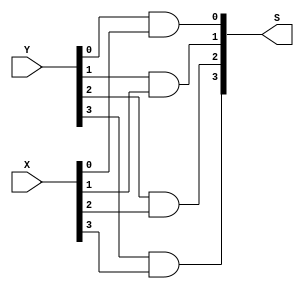

// Generated by Cadence Genus(TM) Synthesis Solution GENUS15.20 - 15.20-p004_1
// Generated on: May 27 2024 03:11:01

// Verification Directory fv/synth_wrapper 

module and4bit(X, Y, S);
  input [3:0] X, Y;
  output [3:0] S;
  wire [3:0] X, Y;
  wire [3:0] S;
  and g1 (S[0], Y[0], X[0]);
  and g2 (S[1], Y[1], X[1]);
  and g3 (S[2], Y[2], X[2]);
  and g4 (S[3], Y[3], X[3]);
endmodule

module an4(X0, X1, X2, X3, Y);
  input X0, X1, X2, X3;
  output Y;
  wire X0, X1, X2, X3;
  wire Y;
  and g4 (Y, X0, X1, X2, X3);
endmodule

module orr8(X0, X1, X2, X3, X4, X5, X6, X7, Y);
  input X0, X1, X2, X3, X4, X5, X6, X7;
  output Y;
  wire X0, X1, X2, X3, X4, X5, X6, X7;
  wire Y;
  wire n_10, n_11, n_12, n_13;
  or g10 (n_12, X4, X5);
  or g11 (n_13, X6, X7);
  or g12 (Y, n_10, n_11, n_12, n_13);
  or g8 (n_10, X0, X1);
  or g9 (n_11, X2, X3);
endmodule

module mux8by1(D0, D1, D2, D3, D4, D5, D6, D7, s0, s1, s2, Y);
  input D0, D1, D2, D3, D4, D5, D6, D7, s0, s1, s2;
  output Y;
  wire D0, D1, D2, D3, D4, D5, D6, D7, s0, s1, s2;
  wire Y;
  wire not_s0, not_s1, not_s2, w0, w1, w2, w3, w4;
  wire w5, w6, w7;
  an4 a0(D0, not_s2, not_s1, not_s0, w0);
  an4 a1(D1, not_s2, not_s1, s0, w1);
  an4 a2(D2, not_s2, s1, not_s0, w2);
  an4 a3(D3, not_s2, s1, s0, w3);
  an4 a4(D4, s2, not_s1, not_s0, w4);
  an4 a5(D5, s2, not_s1, s0, w5);
  an4 a6(D6, s2, s1, not_s0, w6);
  an4 a7(D7, s2, s1, s0, w7);
  orr8 or0(w0, w1, w2, w3, w4, w5, w6, w7, Y);
  not g1 (not_s0, s0);
  not g2 (not_s1, s1);
  not g3 (not_s2, s2);
endmodule

module not4bit(X, S);
  input [3:0] X;
  output [3:0] S;
  wire [3:0] X;
  wire [3:0] S;
  not g1 (S[0], X[0]);
  not g2 (S[1], X[1]);
  not g3 (S[2], X[2]);
  not g4 (S[3], X[3]);
endmodule

module or4bit(X, Y, S);
  input [3:0] X, Y;
  output [3:0] S;
  wire [3:0] X, Y;
  wire [3:0] S;
  or g1 (S[0], Y[0], X[0]);
  or g2 (S[1], Y[1], X[1]);
  or g3 (S[2], Y[2], X[2]);
  or g4 (S[3], Y[3], X[3]);
endmodule

module mux2by1(D0, D1, S, Y);
  input D0, D1, S;
  output Y;
  wire D0, D1, S;
  wire Y;
  wire w1, w2, w3;
  not g1 (w1, S);
  and g2 (w2, D0, w1);
  and g3 (w3, D1, S);
  or g4 (Y, w2, w3);
endmodule

module mux2by1_4bit(in0, in1, sel, out);
  input [3:0] in0, in1;
  input sel;
  output [3:0] out;
  wire [3:0] in0, in1;
  wire sel;
  wire [3:0] out;
  mux2by1 mux0(in0[0], in1[0], sel, out[0]);
  mux2by1 mux1(in0[1], in1[1], sel, out[1]);
  mux2by1 mux2(in0[2], in1[2], sel, out[2]);
  mux2by1 mux3(in0[3], in1[3], sel, out[3]);
endmodule

module shift_left(a, b, s);
  input [3:0] a, b;
  output [3:0] s;
  wire [3:0] a, b;
  wire [3:0] s;
  wire [3:0] s1;
  wire [3:0] s2;
  wire [3:0] s3;
  mux2by1_4bit mux1(a, {a[2:0], 1'b0}, b[0], s1);
  mux2by1_4bit mux2(s1, {s1[1:0], 2'b00}, b[1], s2);
  mux2by1_4bit mux4(s2, 4'b0000, b[2], s3);
  mux2by1_4bit mux8(s3, 4'b0000, b[3], s);
endmodule

module shift_right(a, b, s);
  input [3:0] a, b;
  output [3:0] s;
  wire [3:0] a, b;
  wire [3:0] s;
  wire [3:0] s1;
  wire [3:0] s2;
  wire [3:0] s3;
  mux2by1_4bit mux1(a, {1'b0, a[3:1]}, b[0], s1);
  mux2by1_4bit mux2(s1, {2'b00, s1[3:2]}, b[1], s2);
  mux2by1_4bit mux4(s2, 4'b0000, b[2], s3);
  mux2by1_4bit mux8(s3, 4'b0000, b[3], s);
endmodule

module fulladder(X, Y, Ci, S, Co);
  input X, Y, Ci;
  output S, Co;
  wire X, Y, Ci;
  wire S, Co;
  wire w1, w2, w3;
  xor G1 (w1, X, Y);
  xor G2 (S, w1, Ci);
  and G3 (w2, w1, Ci);
  and G4 (w3, X, Y);
  or G5 (Co, w2, w3);
endmodule

module ripple_adder(X, Y, S, Co, Cin);
  input [3:0] X, Y;
  input Cin;
  output [3:0] S;
  output Co;
  wire [3:0] X, Y;
  wire Cin;
  wire [3:0] S;
  wire Co;
  wire w1, w2, w3;
  fulladder u1(X[0], Y[0], Cin, S[0], w1);
  fulladder u2(X[1], Y[1], w1, S[1], w2);
  fulladder u3(X[2], Y[2], w2, S[2], w3);
  fulladder u4(X[3], Y[3], w3, S[3], Co);
endmodule

module xor4bit(X, Y, S);
  input [3:0] X, Y;
  output [3:0] S;
  wire [3:0] X, Y;
  wire [3:0] S;
  xor g1 (S[0], Y[0], X[0]);
  xor g2 (S[1], Y[1], X[1]);
  xor g3 (S[2], Y[2], X[2]);
  xor g4 (S[3], Y[3], X[3]);
endmodule

module alu(a, b, op, result, carry);
  input [3:0] a, b;
  input [2:0] op;
  output [3:0] result;
  output carry;
  wire [3:0] a, b;
  wire [2:0] op;
  wire [3:0] result;
  wire carry;
  wire [3:0] result_and;
  wire [2:0] not_op;
  wire [3:0] result_add;
  wire [3:0] result_sub;
  wire [3:0] result_or;
  wire [3:0] result_xor;
  wire [3:0] result_not;
  wire [3:0] result_shift_left;
  wire [3:0] result_shift_right;
  wire [3:0] w1;
  wire carry1, carry2, carry_out1, carry_out2, carry_sub;
  and4bit and4bit(a, b, result_and);
  an4 for_carryadd(carry1, not_op[0], not_op[1], not_op[2], carry_out1);
  an4 for_carrysub(carry2, op[0], not_op[1], not_op[2], carry_out2);
  mux8by1 mux_bit0(result_add[0], result_sub[0], result_and[0],
       result_or[0], result_xor[0], result_not[0],
       result_shift_left[0], result_shift_right[0], op[0], op[1],
       op[2], result[0]);
  mux8by1 mux_bit1(result_add[1], result_sub[1], result_and[1],
       result_or[1], result_xor[1], result_not[1],
       result_shift_left[1], result_shift_right[1], op[0], op[1],
       op[2], result[1]);
  mux8by1 mux_bit2(result_add[2], result_sub[2], result_and[2],
       result_or[2], result_xor[2], result_not[2],
       result_shift_left[2], result_shift_right[2], op[0], op[1],
       op[2], result[2]);
  mux8by1 mux_bit3(result_add[3], result_sub[3], result_and[3],
       result_or[3], result_xor[3], result_not[3],
       result_shift_left[3], result_shift_right[3], op[0], op[1],
       op[2], result[3]);
  not4bit not4bit(a, result_not);
  not4bit not4bit0(b, w1);
  or4bit or4bit(a, b, result_or);
  shift_left shift_left(a, b, result_shift_left);
  shift_right shift_right(a, b, result_shift_right);
  ripple_adder u1(a, b, result_add, carry1, 1'b0);
  ripple_adder u2(a, w1, result_sub, carry_sub, 1'b1);
  xor4bit xor4bit(a, b, result_xor);
  not g1 (not_op[0], op[0]);
  not g2 (not_op[1], op[1]);
  not g3 (not_op[2], op[2]);
  not g4 (carry2, carry_sub);
  or g5 (carry, carry_out1, carry_out2);
endmodule

module synth_wrapper(a, b, op, rst_n, clk, result, carry);
  input [3:0] a, b;
  input [2:0] op;
  input rst_n, clk;
  output [3:0] result;
  output carry;
  wire [3:0] a, b;
  wire [2:0] op;
  wire rst_n, clk;
  wire [3:0] result;
  wire carry;
  wire [3:0] a_reg;
  wire [3:0] b_reg;
  wire [2:0] op_reg;
  wire carry_reg_48, n_17, \result_reg[0]_36 , \result_reg[1]_37 ,
       \result_reg[2]_38 , \result_reg[3]_39 ;
  alu u1(.a (a_reg), .b (b_reg), .op (op_reg), .result
       ({\result_reg[3]_39 , \result_reg[2]_38 , \result_reg[1]_37 ,
       \result_reg[0]_36 }), .carry (carry_reg_48));
  CDN_flop \a_reg_reg[0] (.clk (clk), .d (a[0]), .sena (1'b1), .aclr
       (n_17), .apre (1'b0), .srl (1'b0), .srd (1'b0), .q (a_reg[0]));
  CDN_flop \a_reg_reg[1] (.clk (clk), .d (a[1]), .sena (1'b1), .aclr
       (n_17), .apre (1'b0), .srl (1'b0), .srd (1'b0), .q (a_reg[1]));
  CDN_flop \a_reg_reg[2] (.clk (clk), .d (a[2]), .sena (1'b1), .aclr
       (n_17), .apre (1'b0), .srl (1'b0), .srd (1'b0), .q (a_reg[2]));
  CDN_flop \a_reg_reg[3] (.clk (clk), .d (a[3]), .sena (1'b1), .aclr
       (n_17), .apre (1'b0), .srl (1'b0), .srd (1'b0), .q (a_reg[3]));
  CDN_flop \b_reg_reg[0] (.clk (clk), .d (b[0]), .sena (1'b1), .aclr
       (n_17), .apre (1'b0), .srl (1'b0), .srd (1'b0), .q (b_reg[0]));
  CDN_flop \b_reg_reg[1] (.clk (clk), .d (b[1]), .sena (1'b1), .aclr
       (n_17), .apre (1'b0), .srl (1'b0), .srd (1'b0), .q (b_reg[1]));
  CDN_flop \b_reg_reg[2] (.clk (clk), .d (b[2]), .sena (1'b1), .aclr
       (n_17), .apre (1'b0), .srl (1'b0), .srd (1'b0), .q (b_reg[2]));
  CDN_flop \b_reg_reg[3] (.clk (clk), .d (b[3]), .sena (1'b1), .aclr
       (n_17), .apre (1'b0), .srl (1'b0), .srd (1'b0), .q (b_reg[3]));
  CDN_flop carry_reg(.clk (clk), .d (carry_reg_48), .sena (1'b1), .aclr
       (n_17), .apre (1'b0), .srl (1'b0), .srd (1'b0), .q (carry));
  not g1 (n_17, rst_n);
  CDN_flop \op_reg_reg[0] (.clk (clk), .d (op[0]), .sena (1'b1), .aclr
       (n_17), .apre (1'b0), .srl (1'b0), .srd (1'b0), .q (op_reg[0]));
  CDN_flop \op_reg_reg[1] (.clk (clk), .d (op[1]), .sena (1'b1), .aclr
       (n_17), .apre (1'b0), .srl (1'b0), .srd (1'b0), .q (op_reg[1]));
  CDN_flop \op_reg_reg[2] (.clk (clk), .d (op[2]), .sena (1'b1), .aclr
       (n_17), .apre (1'b0), .srl (1'b0), .srd (1'b0), .q (op_reg[2]));
  CDN_flop \result_reg[0] (.clk (clk), .d (\result_reg[0]_36 ), .sena
       (1'b1), .aclr (n_17), .apre (1'b0), .srl (1'b0), .srd (1'b0), .q
       (result[0]));
  CDN_flop \result_reg[1] (.clk (clk), .d (\result_reg[1]_37 ), .sena
       (1'b1), .aclr (n_17), .apre (1'b0), .srl (1'b0), .srd (1'b0), .q
       (result[1]));
  CDN_flop \result_reg[2] (.clk (clk), .d (\result_reg[2]_38 ), .sena
       (1'b1), .aclr (n_17), .apre (1'b0), .srl (1'b0), .srd (1'b0), .q
       (result[2]));
  CDN_flop \result_reg[3] (.clk (clk), .d (\result_reg[3]_39 ), .sena
       (1'b1), .aclr (n_17), .apre (1'b0), .srl (1'b0), .srd (1'b0), .q
       (result[3]));
endmodule

`ifdef RC_CDN_GENERIC_GATE
`else
module CDN_flop(clk, d, sena, aclr, apre, srl, srd, q);
  input clk, d, sena, aclr, apre, srl, srd;
  output q;
  wire clk, d, sena, aclr, apre, srl, srd;
  wire q;
  reg  qi;
  assign #1 q = qi;
  always 
    @(posedge clk or posedge apre or posedge aclr) 
      if (aclr) 
        qi <= 0;
      else if (apre) 
          qi <= 1;
        else if (srl) 
            qi <= srd;
          else begin
            if (sena) 
              qi <= d;
          end
  initial 
    qi <= 1'b0;
endmodule
`endif